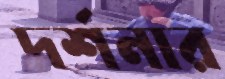
দর্শনার